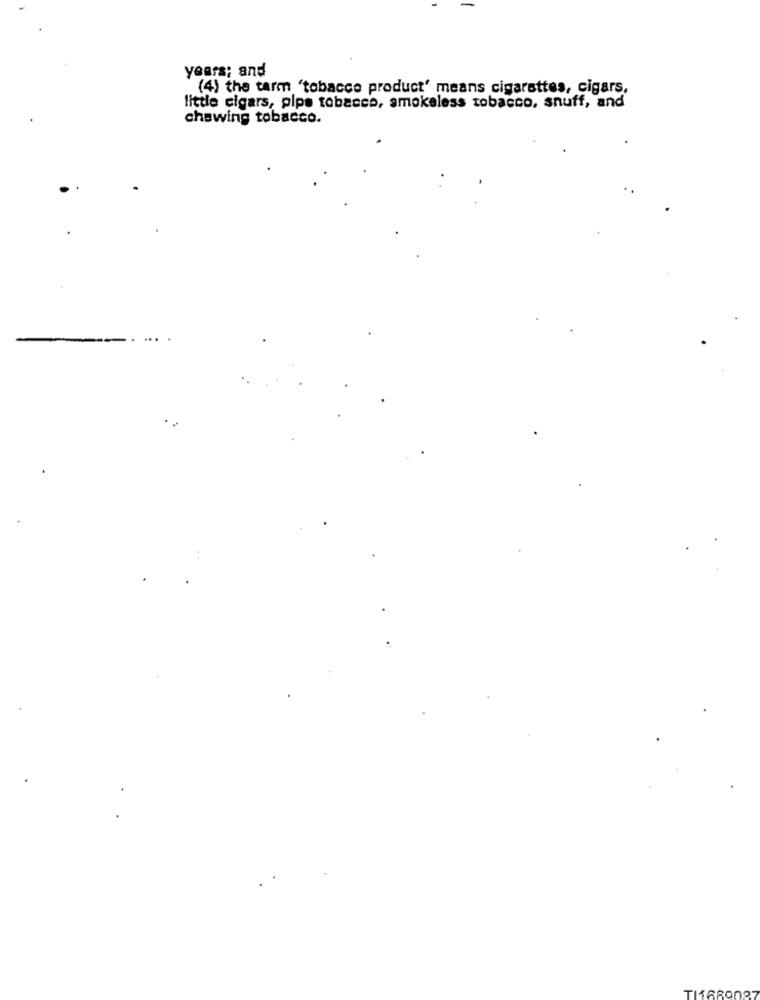
years; and
(4) the tarm "tobacco product' means cigarettes, cigars,
little cigars, pipe tobacco, smokeless tobacco, snuff, and
chewing tobacco.
TI1660027